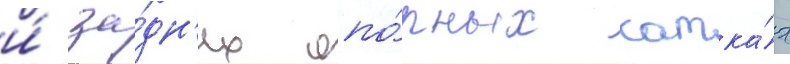
и́ за́дн'их опо́рных катка́х